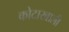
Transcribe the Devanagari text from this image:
कोटाखाली